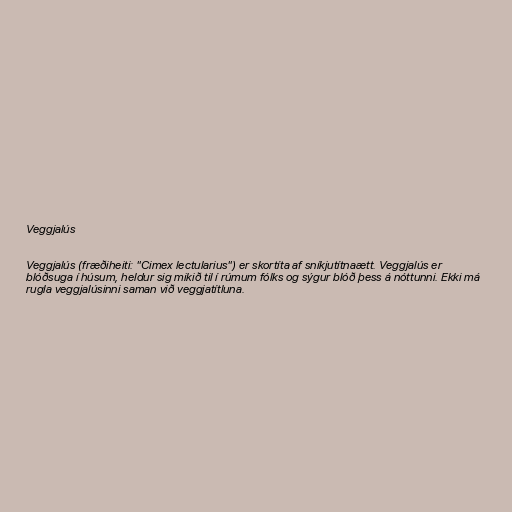
Veggjalús

Veggjalús (fræðiheiti: "Cimex lectularius") er skortíta af sníkjutítnaætt. Veggjalús er
blóðsuga í húsum, heldur sig mikið til í rúmum fólks og sýgur blóð þess á nóttunni. Ekki má
rugla veggjalúsinni saman við veggjatítluna.